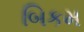
બિકમ